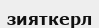
зияткерл